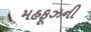
મહફૂઝની